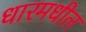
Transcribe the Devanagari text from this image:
धारमधील